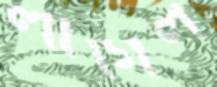
লাগিল